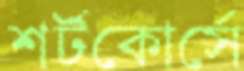
শর্টকোর্সে